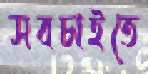
সবচাইতে